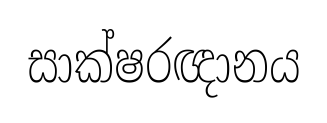
සාක්ෂරඥානය